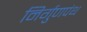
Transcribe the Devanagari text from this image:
निर्गुणपंथ